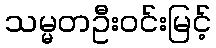
သမ္မတဦးဝင်းမြင့်